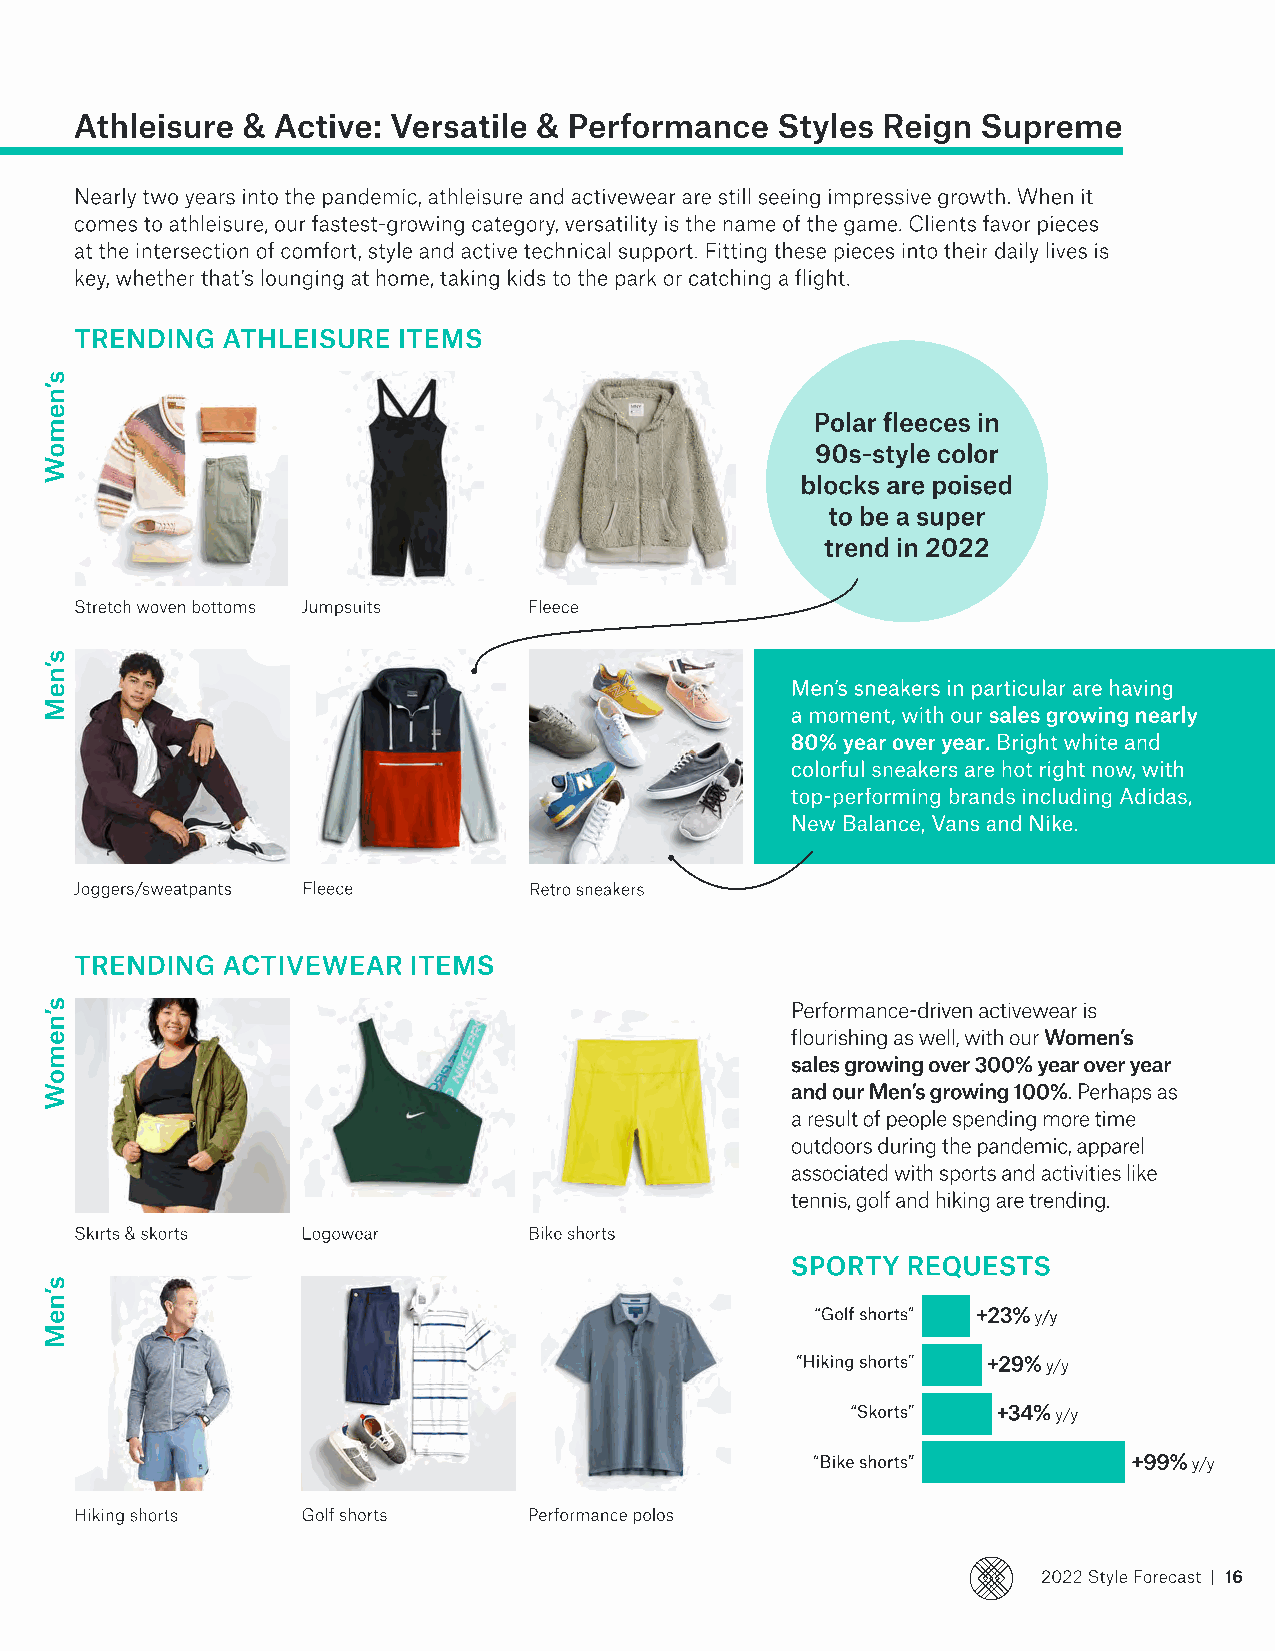
Athleisure & Active: Versatile & Performance  Styles Reign  Supreme
 Nearly two years into the pandemic, athleisure and activewear are still seeing impressive growth. When it
 comes to athleisure, our fastest-growing category, versatility is the name of the game. Clients favor pieces
 at the intersection of comfort, style and active technical support. Fitting these pieces into their daily lives is
 key, whether that’s lounging at home, taking kids to the park or catching a flight.
 Trending  Athleisure Items
 Polar fleeces in
 90s-style color
 blocks are poised
 to be a super
 trend in 2022
 Stretch woven bottoms Jumpsuits Fleece
 Men’s sneakers in particular are having
 a moment, with our sales growing nearly
 80% year over year. Bright white and
 colorful sneakers are hot right now, with
 top-performing brands including Adidas,
 New Balance, Vans and Nike.
 Joggers/sweatpants Fleece     Retro sneakers
 Trending  Activewear  Items
 Performance-driven activewear is
 flourishing as well, with our Women’s
 sales growing over 300% year over year
 and our Men’s growing 100%. Perhaps as
 a result of people spending more time
 outdoors during the pandemic, apparel
 associated with sports and activities like
 tennis, golf and hiking are trending.
 Skirts & skorts Logowear      Bike shorts
 SPORTY  REQUESTS
 “Golf shorts” +23% y/y
 “Hiking shorts” +29% y/y
 “Skorts”  +34% y/y
 “Bike shorts”        +99% y/y
 Hiking shorts  Golf shorts    Performance polos
 2022 Style Forecast | 16
 s’nemoW
 s’neM
 s’nemoW
 s’neM